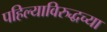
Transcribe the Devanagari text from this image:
पहिल्याविरुद्धच्या